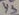
Text: X3